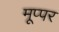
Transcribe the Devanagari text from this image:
मूप्पर